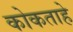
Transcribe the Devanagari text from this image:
कोकताहे